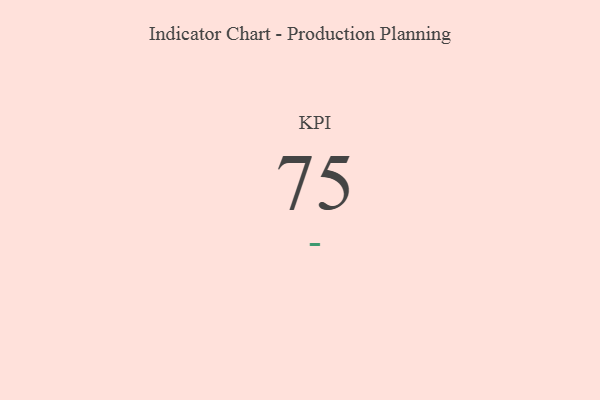
{"axis": {"x": "KPI", "y": "Value"}, "legend": [""], "data": [{"x": "KPI", "y": 75, "type": ""}]}